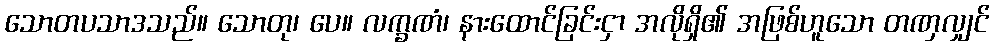
သောတပသာဒသည်။ သောတု၊ ပေ။ လက္ခဏံ၊ နားထောင်ခြင်းငှာ အလိုရှိ၏ အဖြစ်ဟူသော တဏှလျှင်